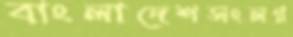
বাংলাদেশসংলগ্ন